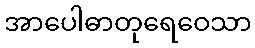
အာပေါဓာတုရေဝေသာ